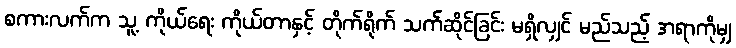
စကားလက်က သူ့ ကိုယ်ရေး ကိုယ်တာနှင့် တိုက်ရိုက် သက်ဆိုင်ခြင်း မရှိလျှင် မည်သည့် အရာကိုမျှ